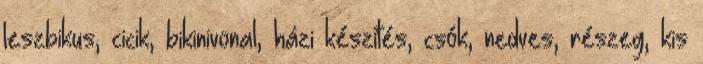
leszbikus, cicik, bikinivonal, házi készítés, csók, nedves, részeg, kis